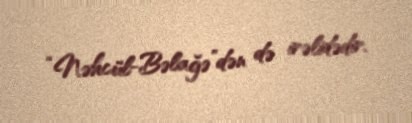
“Nəhcül-Bəlağə”dən də irəlidədir.